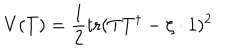
V ( T ) = \frac 1 2 \mathrm { t r } ( T T ^ { \dagger } - \zeta \cdot 1 ) ^ { 2 }